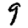
Digit: 9